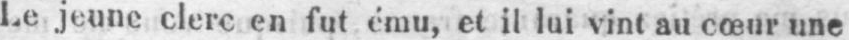
Le jeune clerc en fut ému, et il lui vint au cœur une